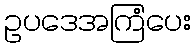
ဥပဒေအကြံပေး